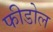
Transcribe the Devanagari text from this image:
फीडोल